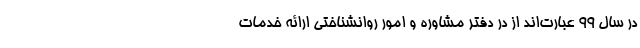
در سال ۹۹ عبارت‌اند از در دفتر مشاوره و امور روانشناختی ارائه خدمات